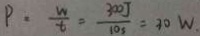
P = \frac { W } { t } = \frac { 3 0 0 J } { 1 0 s } = 3 0 W .